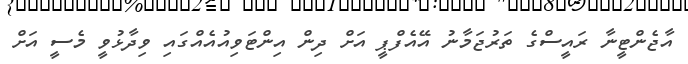
އާޖެންޓީނާ ރައީސްގެ ތަރުޖަމާނު އޭއެފްޕީ އަށް ދިން އިންޓަވިއުއެއްގައި ވިދާޅުވީ މެސީ އަށް